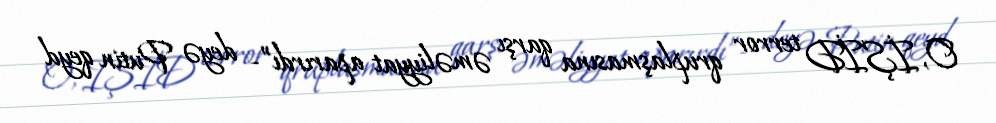
O, İŞİD terror qruplaşmasına qarşı əməliyyat aparırdı”- deyə Putin qeyd